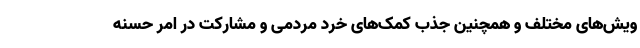
ویش‌های مختلف و همچنین جذب کمک‌های خرد مردمی و مشارکت در امر حسنه